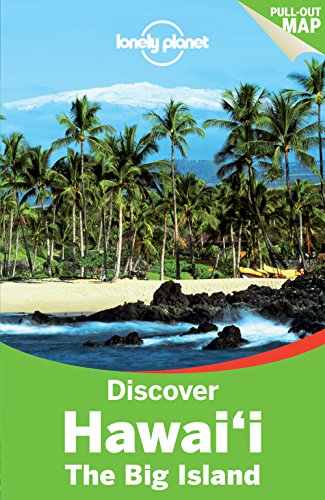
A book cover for Lonely Planet Discover Hawaii the Big Island (Travel Guide); Lonely Planet; Travel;